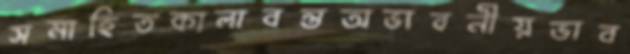
সমাহিতকালাবন্তঅভাবনীয়ভাব